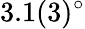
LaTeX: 3.1(3)^{\circ}